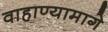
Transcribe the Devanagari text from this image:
वाहाण्यामागे